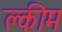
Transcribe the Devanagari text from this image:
क्लीम